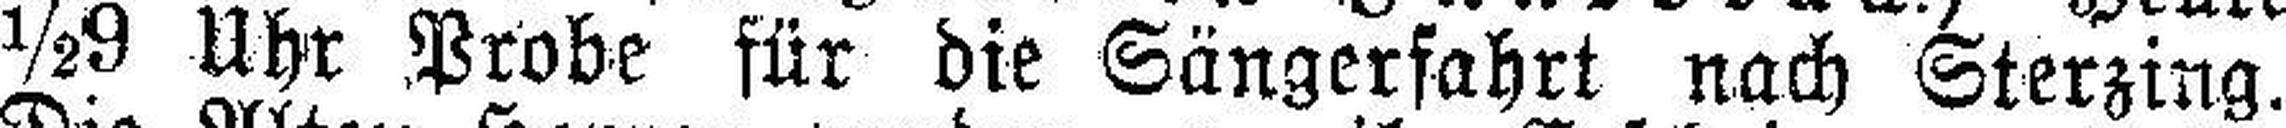
½9 Uhr Probe für die Sängerfahrt nach Sterzing.